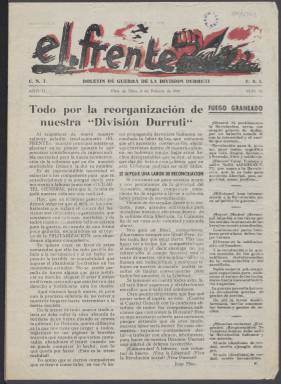
Título: El Frente (Pina de Ebro)
Otros títulos: Frente (Bujaraloz)
Colección: Periódicos || Guerra civil
Ámbito geográfico: Zaragoza
Lugar de publicación: Pina de Ebro[Zaragoza]
Fechas: 08/02/1937-16/01/1939